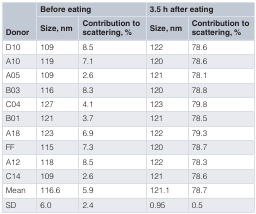
<table><thead><tr><td rowspan="2"><b>Donor</b></td><td colspan="2"><b>Before eating</b></td><td colspan="2"><b>3.5 h after eating</b></td></tr><tr><td><b>Size, nm</b></td><td><b>Contribution toscattering, %</b></td><td><b>Size, nm</b></td><td><b>Contribution toscattering, %</b></td></tr></thead><tbody><tr><td>D10</td><td>109</td><td>8.5</td><td>122</td><td>78.6</td></tr><tr><td>A10</td><td>119</td><td>7.1</td><td>120</td><td>78.6</td></tr><tr><td>A05</td><td>109</td><td>2.6</td><td>121</td><td>78.1</td></tr><tr><td>B03</td><td>116</td><td>8.3</td><td>120</td><td>78.8</td></tr><tr><td>C04</td><td>127</td><td>4.1</td><td>123</td><td>79.8</td></tr><tr><td>B01</td><td>121</td><td>3.7</td><td>121</td><td>78.5</td></tr><tr><td>A18</td><td>123</td><td>6.9</td><td>122</td><td>79.3</td></tr><tr><td>FF</td><td>115</td><td>7.3</td><td>120</td><td>78.7</td></tr><tr><td>A12</td><td>118</td><td>8.5</td><td>122</td><td>78.3</td></tr><tr><td>C14</td><td>109</td><td>2.6</td><td>121</td><td>78.6</td></tr><tr><td>Mean</td><td>116.6</td><td>5.9</td><td>121.1</td><td>78.7</td></tr><tr><td>SD</td><td>6.0</td><td>2.4</td><td>0.95</td><td>0.5</td></tr></tbody></table>